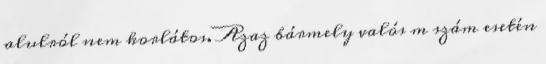
alulról nem korlátos. Azaz bármely valós m szám esetén